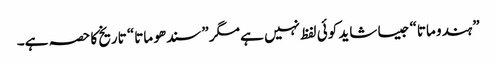
”ہندو ماتا“ جیسا شاید کوئی لفظ نہیں ہے مگر ”سندھو ماتا“ تاریخ کا حصہ ہے۔